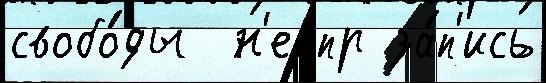
свобо́ды  н'еопр за́п'ись